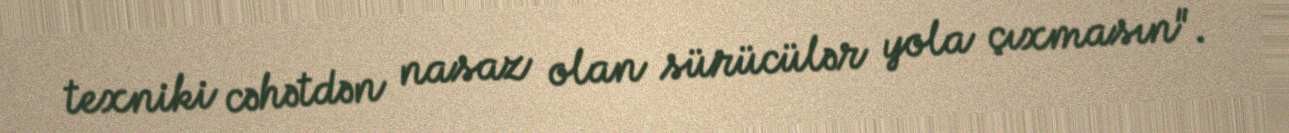
texniki cəhətdən nasaz olan sürücülər yola çıxmasın".